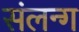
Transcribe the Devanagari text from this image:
संलन्ग